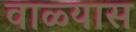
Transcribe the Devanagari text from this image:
वाळ्यास